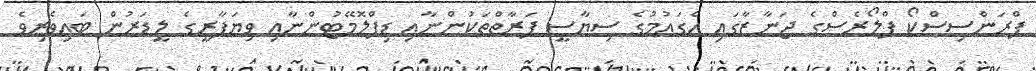
ފްރަންސިސްކޯ ފްލޯރެސްގެ ޖަނާޒާގައި އެގައުމުގެ ސިޔާސީ ފަރާތްތަކުންނާއި ޑިޕްލޮމޭޓުންނާއި ވިޔަފާރީގެ ލީޑަރުން ބައިވެރިވެ